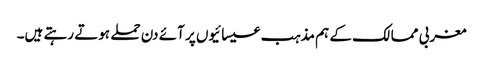
مغربی ممالک کے ہم مذہب عیسائیوں پر آئے دن حملے ہوتے رہتے ہیں۔